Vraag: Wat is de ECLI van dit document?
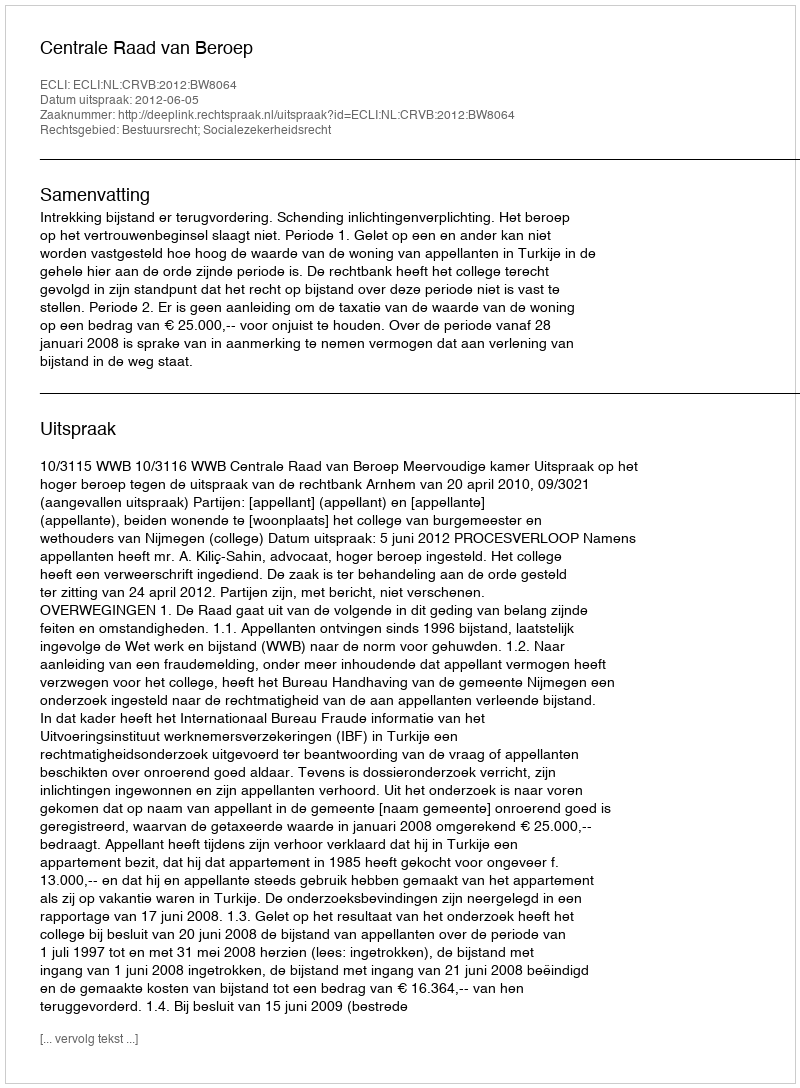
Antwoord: ECLI:NL:CRVB:2012:BW8064